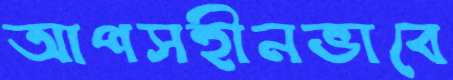
আপসহীনভাবে